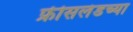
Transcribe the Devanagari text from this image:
फ्रीसलंडच्या